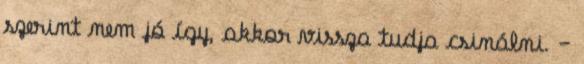
szerint nem jó így, akkor vissza tudja csinálni. –